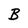
Character: B